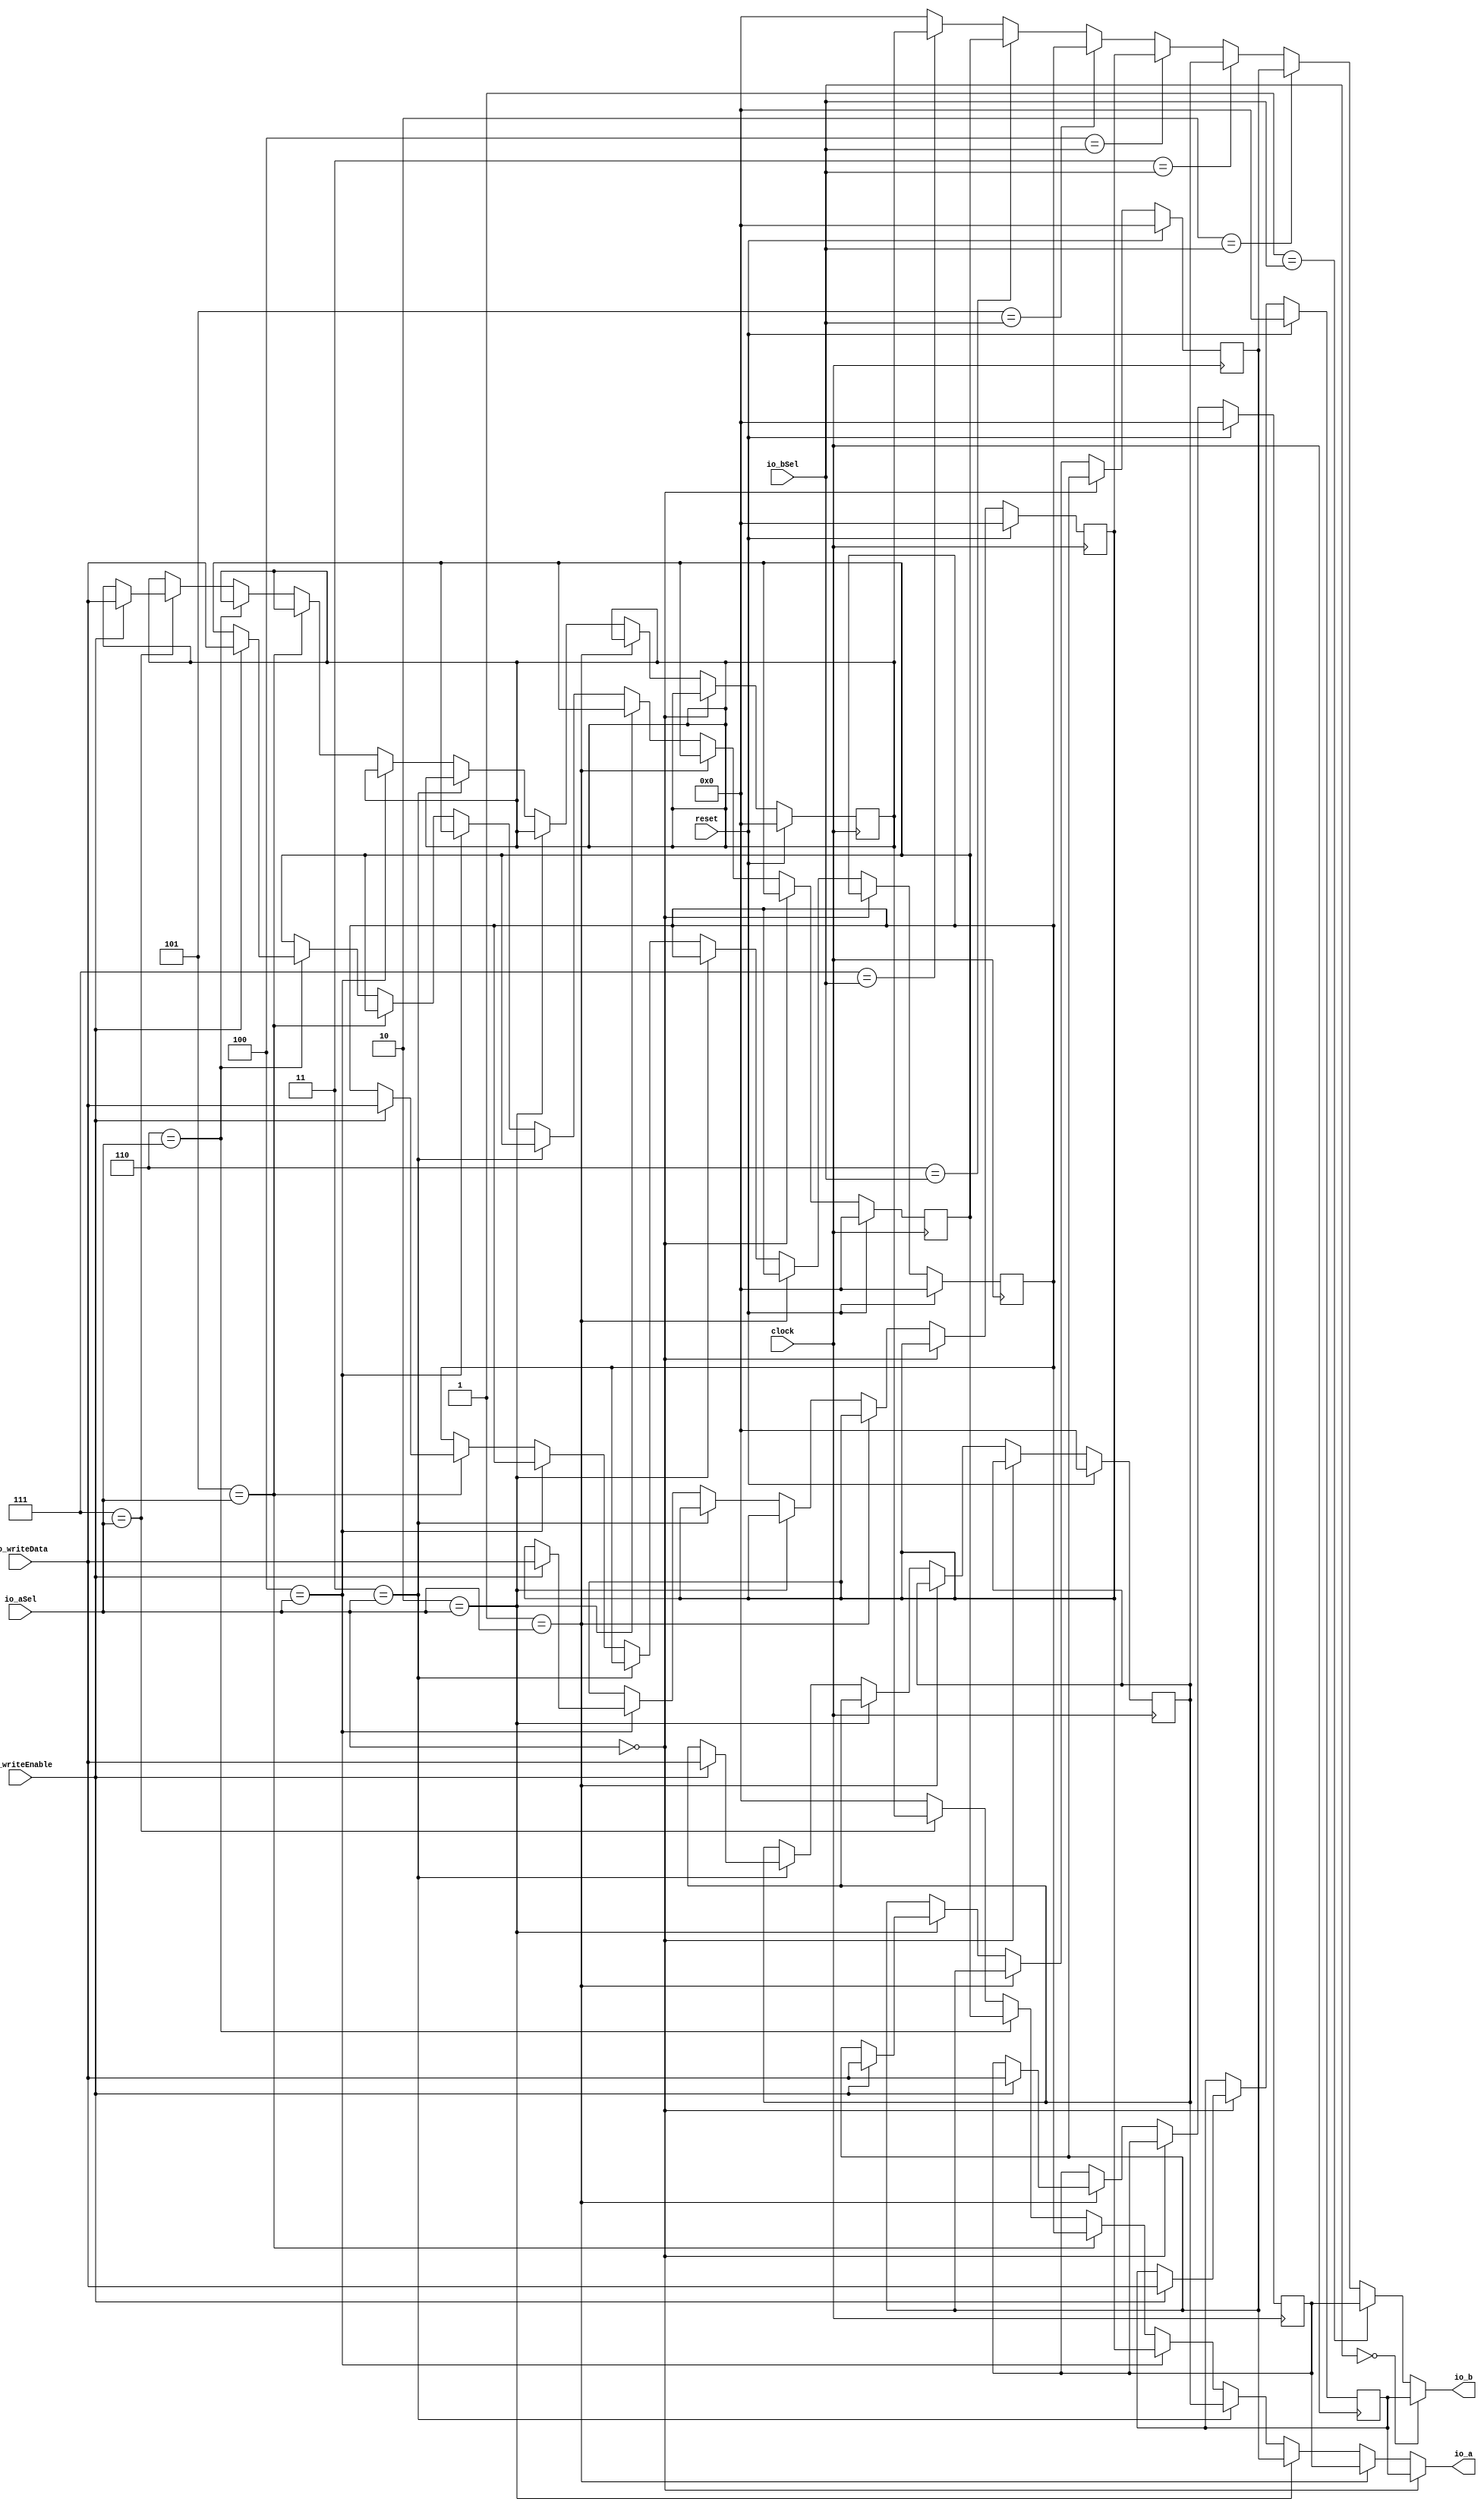
module RegisterFile(
  input         clock,
  input         reset,
  input  [2:0]  io_aSel,
  input  [2:0]  io_bSel,
  input  [31:0] io_writeData,
  input         io_writeEnable,
  output [31:0] io_a,
  output [31:0] io_b
);
`ifdef RANDOMIZE_REG_INIT
  reg [31:0] _RAND_0;
  reg [31:0] _RAND_1;
  reg [31:0] _RAND_2;
  reg [31:0] _RAND_3;
  reg [31:0] _RAND_4;
  reg [31:0] _RAND_5;
  reg [31:0] _RAND_6;
  reg [31:0] _RAND_7;
`endif // RANDOMIZE_REG_INIT
  reg [31:0] R0Reg; // @[RegisterFile.scala 17:22]
  reg [31:0] R1Reg; // @[RegisterFile.scala 18:22]
  reg [31:0] R2Reg; // @[RegisterFile.scala 19:22]
  reg [31:0] R3Reg; // @[RegisterFile.scala 20:22]
  reg [31:0] R4Reg; // @[RegisterFile.scala 21:22]
  reg [31:0] R5Reg; // @[RegisterFile.scala 22:22]
  reg [31:0] R6Reg; // @[RegisterFile.scala 23:22]
  reg [31:0] R7Reg; // @[RegisterFile.scala 24:22]
  wire  _T = 3'h0 == io_aSel; // @[Conditional.scala 37:30]
  wire  _T_1 = 3'h1 == io_aSel; // @[Conditional.scala 37:30]
  wire  _T_2 = 3'h2 == io_aSel; // @[Conditional.scala 37:30]
  wire  _T_3 = 3'h3 == io_aSel; // @[Conditional.scala 37:30]
  wire  _T_4 = 3'h4 == io_aSel; // @[Conditional.scala 37:30]
  wire  _T_5 = 3'h5 == io_aSel; // @[Conditional.scala 37:30]
  wire  _T_6 = 3'h6 == io_aSel; // @[Conditional.scala 37:30]
  wire  _T_7 = 3'h7 == io_aSel; // @[Conditional.scala 37:30]
  wire [31:0] _GEN_8 = _T_7 ? R7Reg : 32'h0; // @[Conditional.scala 39:67]
  wire [31:0] _GEN_10 = _T_6 ? R6Reg : _GEN_8; // @[Conditional.scala 39:67]
  wire [31:0] _GEN_13 = _T_5 ? R5Reg : _GEN_10; // @[Conditional.scala 39:67]
  wire [31:0] _GEN_17 = _T_4 ? R4Reg : _GEN_13; // @[Conditional.scala 39:67]
  wire [31:0] _GEN_22 = _T_3 ? R3Reg : _GEN_17; // @[Conditional.scala 39:67]
  wire [31:0] _GEN_28 = _T_2 ? R2Reg : _GEN_22; // @[Conditional.scala 39:67]
  wire [31:0] _GEN_35 = _T_1 ? R1Reg : _GEN_28; // @[Conditional.scala 39:67]
  wire  _T_8 = 3'h0 == io_bSel; // @[Conditional.scala 37:30]
  wire  _T_9 = 3'h1 == io_bSel; // @[Conditional.scala 37:30]
  wire  _T_10 = 3'h2 == io_bSel; // @[Conditional.scala 37:30]
  wire  _T_11 = 3'h3 == io_bSel; // @[Conditional.scala 37:30]
  wire  _T_12 = 3'h4 == io_bSel; // @[Conditional.scala 37:30]
  wire  _T_13 = 3'h5 == io_bSel; // @[Conditional.scala 37:30]
  wire  _T_14 = 3'h6 == io_bSel; // @[Conditional.scala 37:30]
  wire  _T_15 = 3'h7 == io_bSel; // @[Conditional.scala 37:30]
  wire [31:0] _GEN_52 = _T_15 ? R7Reg : 32'h0; // @[Conditional.scala 39:67]
  wire [31:0] _GEN_53 = _T_14 ? R6Reg : _GEN_52; // @[Conditional.scala 39:67]
  wire [31:0] _GEN_54 = _T_13 ? R5Reg : _GEN_53; // @[Conditional.scala 39:67]
  wire [31:0] _GEN_55 = _T_12 ? R4Reg : _GEN_54; // @[Conditional.scala 39:67]
  wire [31:0] _GEN_56 = _T_11 ? R3Reg : _GEN_55; // @[Conditional.scala 39:67]
  wire [31:0] _GEN_57 = _T_10 ? R2Reg : _GEN_56; // @[Conditional.scala 39:67]
  wire [31:0] _GEN_58 = _T_9 ? R1Reg : _GEN_57; // @[Conditional.scala 39:67]
  assign io_a = _T ? R0Reg : _GEN_35; // @[RegisterFile.scala 26:8 RegisterFile.scala 34:12 RegisterFile.scala 37:12 RegisterFile.scala 43:12 RegisterFile.scala 49:12 RegisterFile.scala 55:12 RegisterFile.scala 61:12 RegisterFile.scala 67:12 RegisterFile.scala 73:12]
  assign io_b = _T_8 ? R0Reg : _GEN_58; // @[RegisterFile.scala 27:8 RegisterFile.scala 82:12 RegisterFile.scala 85:12 RegisterFile.scala 88:12 RegisterFile.scala 91:12 RegisterFile.scala 94:12 RegisterFile.scala 97:12 RegisterFile.scala 100:12 RegisterFile.scala 103:12]
`ifdef RANDOMIZE_GARBAGE_ASSIGN
`define RANDOMIZE
`endif
`ifdef RANDOMIZE_INVALID_ASSIGN
`define RANDOMIZE
`endif
`ifdef RANDOMIZE_REG_INIT
`define RANDOMIZE
`endif
`ifdef RANDOMIZE_MEM_INIT
`define RANDOMIZE
`endif
`ifndef RANDOM
`define RANDOM $random
`endif
`ifdef RANDOMIZE_MEM_INIT
  integer initvar;
`endif
`ifndef SYNTHESIS
`ifdef FIRRTL_BEFORE_INITIAL
`FIRRTL_BEFORE_INITIAL
`endif
initial begin
  `ifdef RANDOMIZE
    `ifdef INIT_RANDOM
      `INIT_RANDOM
    `endif
    `ifndef VERILATOR
      `ifdef RANDOMIZE_DELAY
        #`RANDOMIZE_DELAY begin end
      `else
        #0.002 begin end
      `endif
    `endif
`ifdef RANDOMIZE_REG_INIT
  _RAND_0 = {1{`RANDOM}};
  R0Reg = _RAND_0[31:0];
  _RAND_1 = {1{`RANDOM}};
  R1Reg = _RAND_1[31:0];
  _RAND_2 = {1{`RANDOM}};
  R2Reg = _RAND_2[31:0];
  _RAND_3 = {1{`RANDOM}};
  R3Reg = _RAND_3[31:0];
  _RAND_4 = {1{`RANDOM}};
  R4Reg = _RAND_4[31:0];
  _RAND_5 = {1{`RANDOM}};
  R5Reg = _RAND_5[31:0];
  _RAND_6 = {1{`RANDOM}};
  R6Reg = _RAND_6[31:0];
  _RAND_7 = {1{`RANDOM}};
  R7Reg = _RAND_7[31:0];
`endif // RANDOMIZE_REG_INIT
  `endif // RANDOMIZE
end // initial
`ifdef FIRRTL_AFTER_INITIAL
`FIRRTL_AFTER_INITIAL
`endif
`endif // SYNTHESIS
  always @(posedge clock) begin
    if (reset) begin
      R0Reg <= 32'h0;
    end else if (_T) begin
      if (io_writeEnable) begin
        R0Reg <= io_writeData;
      end
    end
    if (reset) begin
      R1Reg <= 32'h0;
    end else if (!(_T)) begin
      if (_T_1) begin
        if (io_writeEnable) begin
          R1Reg <= io_writeData;
        end
      end
    end
    if (reset) begin
      R2Reg <= 32'h0;
    end else if (!(_T)) begin
      if (!(_T_1)) begin
        if (_T_2) begin
          if (io_writeEnable) begin
            R2Reg <= io_writeData;
          end
        end
      end
    end
    if (reset) begin
      R3Reg <= 32'h0;
    end else if (!(_T)) begin
      if (!(_T_1)) begin
        if (!(_T_2)) begin
          if (_T_3) begin
            if (io_writeEnable) begin
              R3Reg <= io_writeData;
            end
          end
        end
      end
    end
    if (reset) begin
      R4Reg <= 32'h0;
    end else if (!(_T)) begin
      if (!(_T_1)) begin
        if (!(_T_2)) begin
          if (!(_T_3)) begin
            if (_T_4) begin
              if (io_writeEnable) begin
                R4Reg <= io_writeData;
              end
            end
          end
        end
      end
    end
    if (reset) begin
      R5Reg <= 32'h0;
    end else if (!(_T)) begin
      if (!(_T_1)) begin
        if (!(_T_2)) begin
          if (!(_T_3)) begin
            if (!(_T_4)) begin
              if (_T_5) begin
                if (io_writeEnable) begin
                  R5Reg <= io_writeData;
                end
              end
            end
          end
        end
      end
    end
    if (reset) begin
      R6Reg <= 32'h0;
    end else if (!(_T)) begin
      if (!(_T_1)) begin
        if (!(_T_2)) begin
          if (!(_T_3)) begin
            if (!(_T_4)) begin
              if (!(_T_5)) begin
                if (_T_6) begin
                  if (io_writeEnable) begin
                    R6Reg <= io_writeData;
                  end
                end
              end
            end
          end
        end
      end
    end
    if (reset) begin
      R7Reg <= 32'h0;
    end else if (!(_T)) begin
      if (!(_T_1)) begin
        if (!(_T_2)) begin
          if (!(_T_3)) begin
            if (!(_T_4)) begin
              if (!(_T_5)) begin
                if (!(_T_6)) begin
                  if (_T_7) begin
                    if (io_writeEnable) begin
                      R7Reg <= io_writeData;
                    end
                  end
                end
              end
            end
          end
        end
      end
    end
  end
endmodule